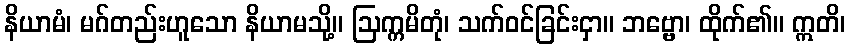
နိယာမံ၊ မဂ်တည်းဟူသော နိယာမသို့။ ဩက္ကမိတုံ၊ သက်ဝင်ခြင်းငှာ။ ဘဗ္ဗော၊ ထိုက်၏။ ဣတိ၊